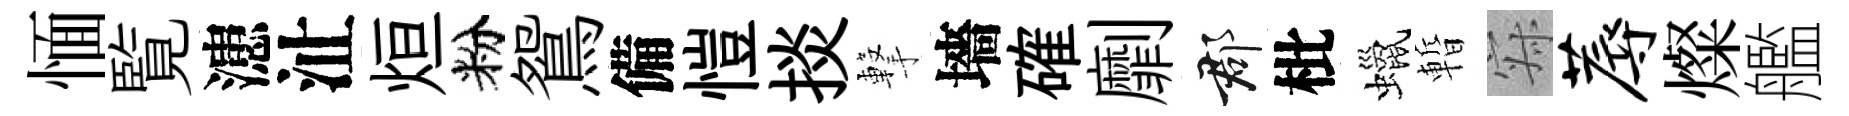
愐覧漶沚烜粉鴛備愷掞撃墻確劘郡枇蠟暫寂蓐燦艦